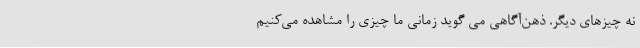
نه چیزهای دیگر. ذهن‌آگاهی می گوید زمانی ما چیزی را مشاهده می‌کنیم